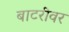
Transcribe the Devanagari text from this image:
बाटरीवर